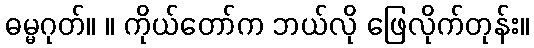
ဓမ္မဂုတ်။ ။ ကိုယ်တော်က ဘယ်လို ဖြေလိုက်တုန်း။